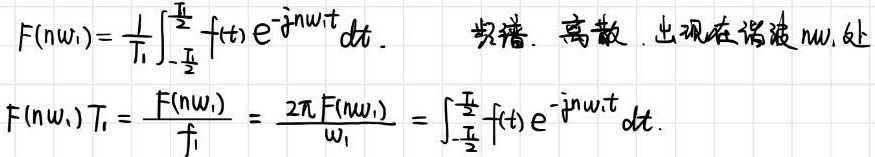
\[
\begin{align*}
F(n\omega_1)&=\frac{1}{T_1}\int_{-\frac{T_1}{2}}^{\frac{T_1}{2}} f(t)e^{-jn\omega_1t}dt. \quad \text{频谱. 离散. 出现在谐波} n\omega_1\text{处}\\
F(n\omega_1)T_1&=\frac{F(n\omega_1)}{f_1}=\frac{2\pi F(n\omega_1)}{\omega_1}=\int_{-\frac{T_1}{2}}^{\frac{T_1}{2}} f(t)e^{-jn\omega_1t}dt.
\end{align*}
\]